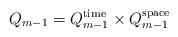
LaTeX: \begin{align*}Q_{m-1}=Q_{m-1}^{\textnormal{time}}\times Q_{m-1}^{\textnormal{space}}\end{align*}